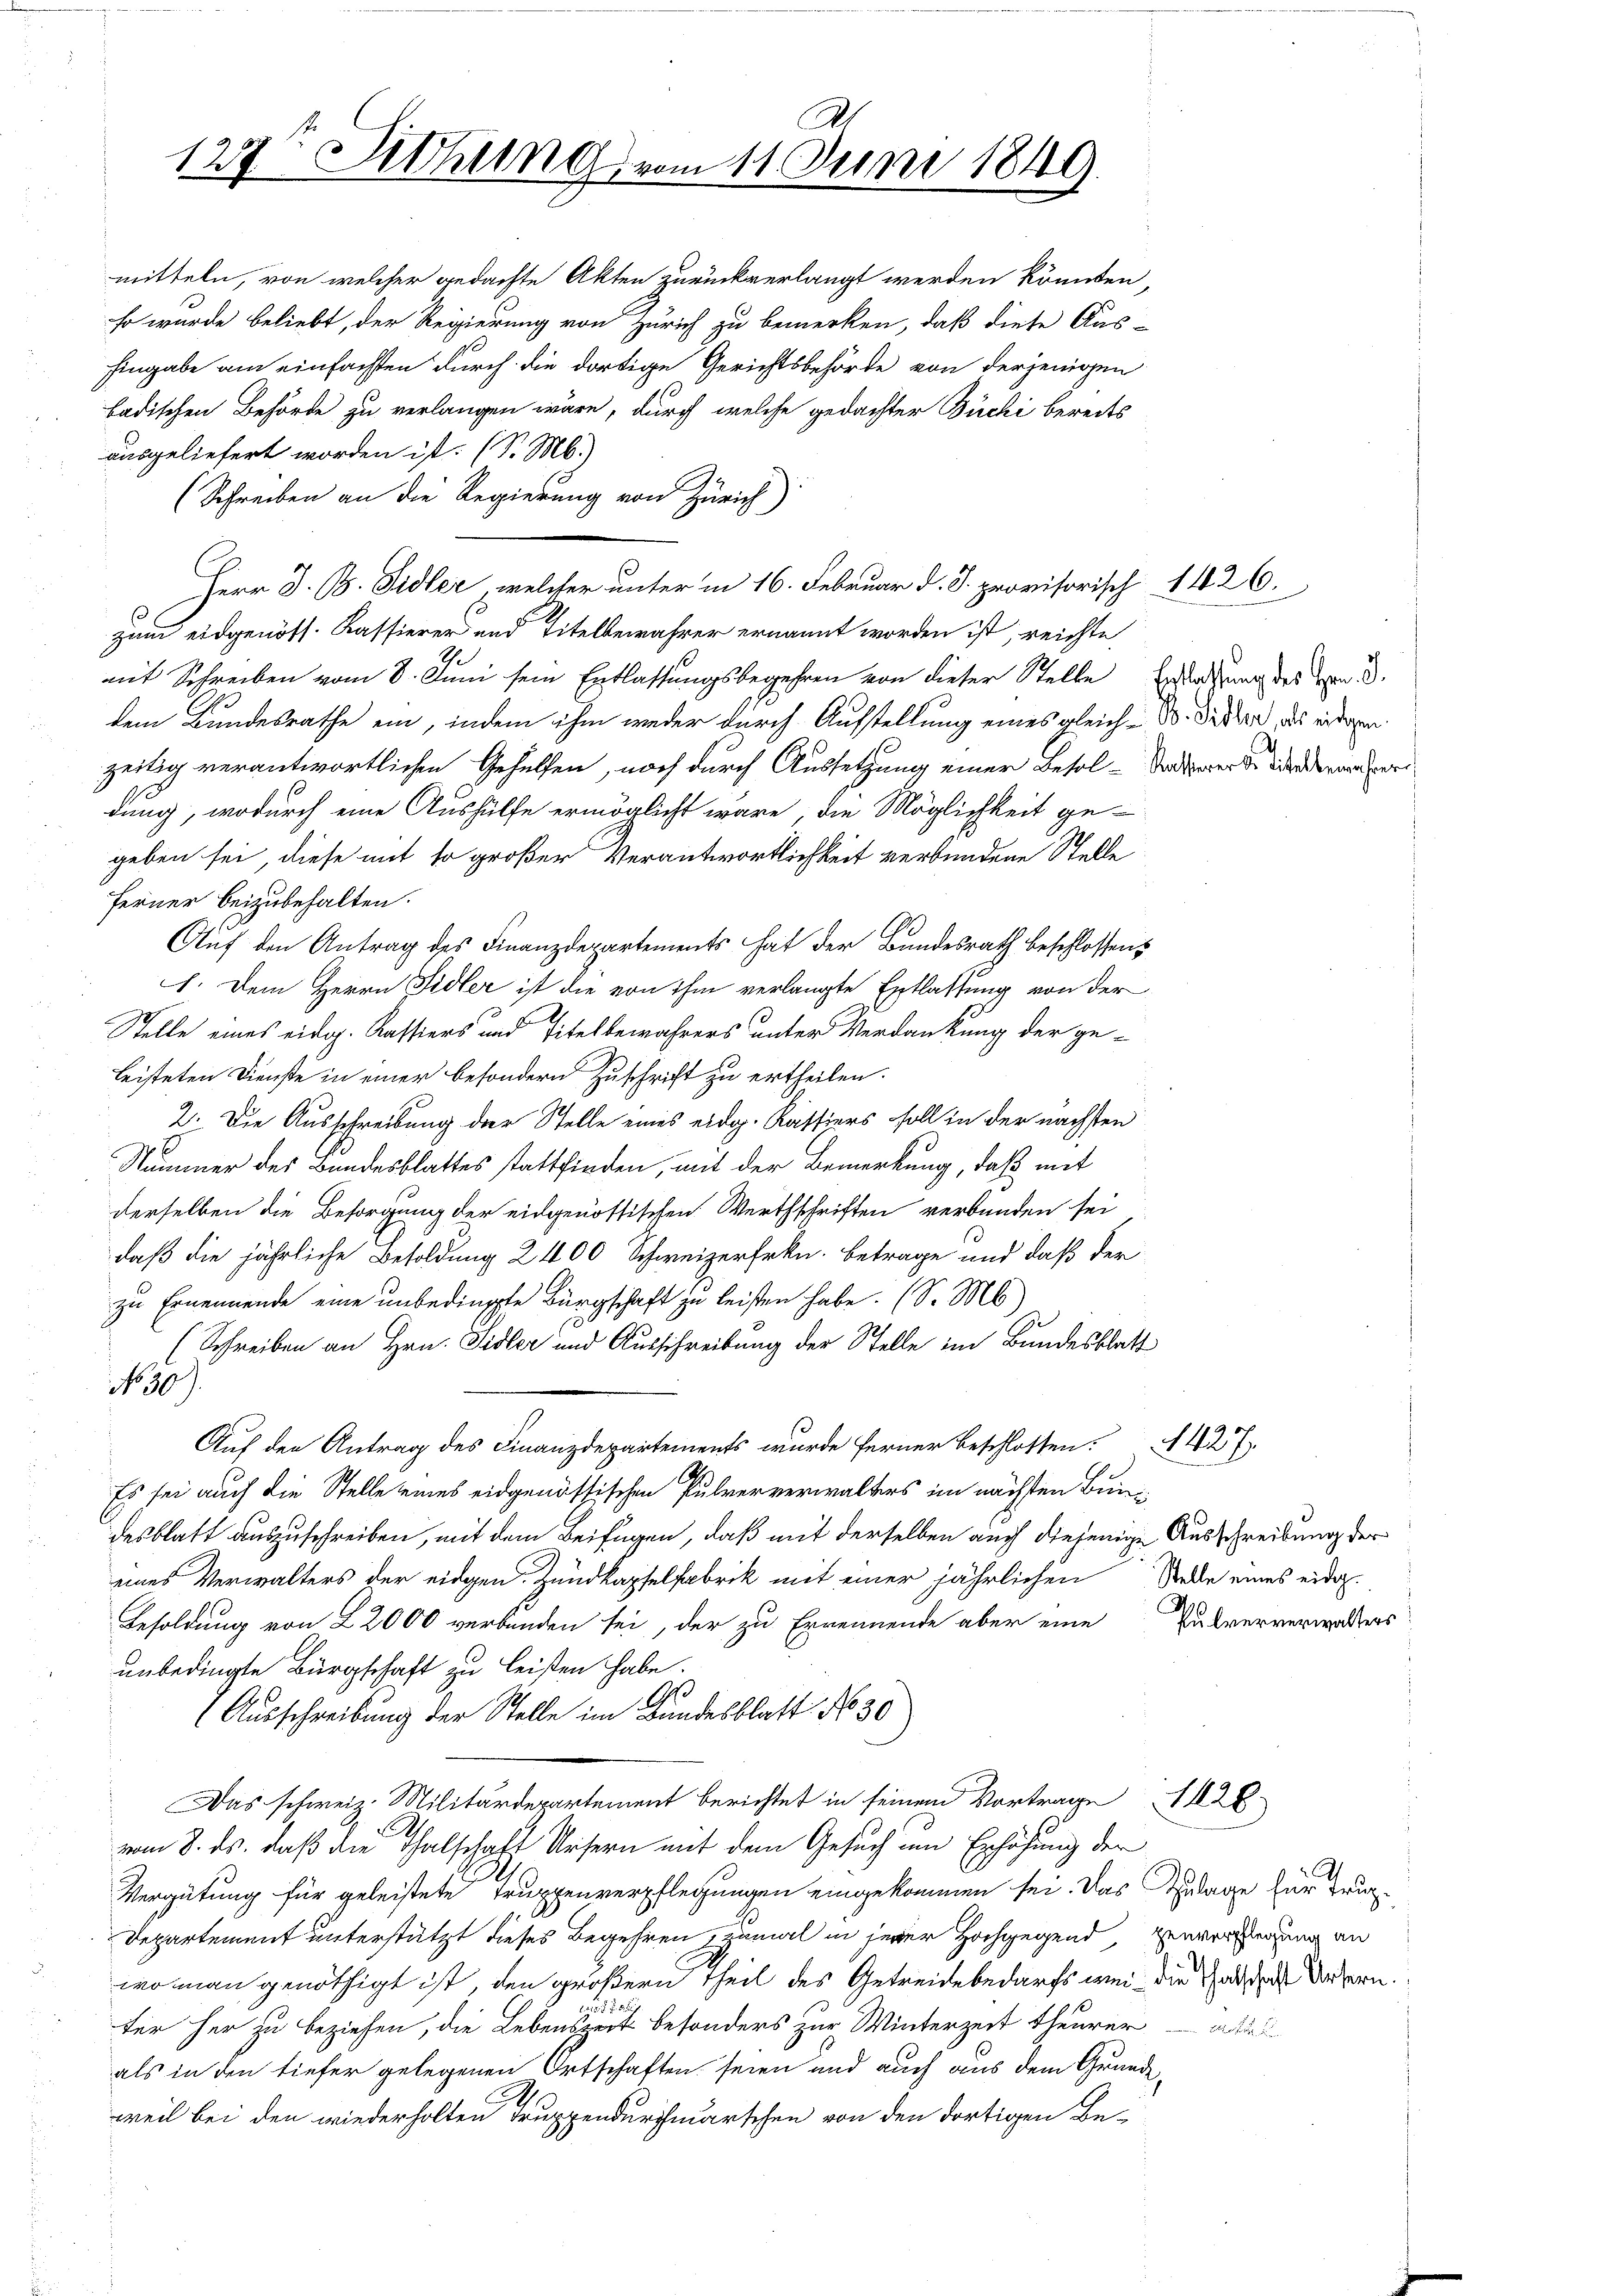
A
127. Setzung vom 11. Juni 1849.

mitteln, von welcher gedachte Akten zurückverlangt werden könnten,
so wurde beliebt, der Regierung von Zürich zu bemerken, daß diese Aus-
Eingabe am einfachsten durch die dortige Gerichtsbehörde von derjenigen
badischen Behörde zu verlangen wäre, durch welche gedachter Büchi bereits
ausgeliefert worden ist. (S. M.)
(Schreiben an die Regierung von Zürich)
Herr D. B. Sidler, welcher unter in 16. Februar d. J. provisorisch 1426.
.
zum eidgenöss. Kassierer und Titelbewahrer ernannt worden ist, reichte,
mit Schreiben vom 8. Juni sein Entlassungsbegehren von dieser Stelle Erledigung des von 3.
dem Bundesrathe ein, indem ihm weder durch Aufstellung eines gleich - 30. Jeder das eidgen.
zeitig verantwortlichen Gehülfen, noch durch Aussetzung einer Besoldatswerte Wiederanspor
dung, wodurch eine Aushülfe ermöglicht wäre, die Möglichkeit ge-
geben sei, diese mit so großer Verantwortlichkeit verbundene Stelle
Ferner beizubehalten.
Auf den Antrag des Finanzdepartements hat der Bundesrath beschlossen:
I. Dem Herrn Fidler ist die von ihm verlangte Entlassung von der
Stelle eines eidg. Kassiers und Titel bewahrers unter Verdankung der ge-
leisteten Dienste in einer besondern Zuschrift zu ertheilen.
2. Die Ausschreibung der Stelle eines eidg. Kattiers soll in der nächsten
Nummer des Bundesblattes stattfinden, mit der Bemerkung, daß mit
derselben die Besorgung der eidgenössischen Werthschriften verbunden sei
daß die jährliche Besoldung 2400 Schweizerfrkn. Betrage und daß der
zu Ernennende eine unbedingte Bürgschaft zu leisten habe. (S. M.)
(Schreiben an Hrn. Sidler und Ausschreibung der Stelle im Bundesblatt
No 907.
Auf den Antrag des Finanzdepartements wurde ferner Beschlossen.427
Es sei auch die Stelle eines eidgenössischen Pulververwalters im nächsten Bundesblatt auszuschreiben, mit dem Beifügen, daß mit derselben auch diejenige Ausschreibung der
eines Verwalters der eidgen. Zundkapfelfabrik mit einer jährlichen Rede eines eidg.
Besoldung von 22000 verbunden sei, der zu Ernennende aber eine Pulververworders
unbedingte Bürgschaft zu leisten habe.
I.
Ausschreibung der Stelle im Bundesblatt No 30
Das schweiz. Militärdepartement berichtet in seinem Vortrage 128
vom 8. ds. daß die Thalschaft Ursern mit dem Gesuch im Erhöhung der
Vergütung für geleistete Truppenverpflegungen eingekommen sei. Das Zulage für Trup¬
Departement unterstützt dieses Begehren zumal in jener Hochgegend Einverzigung an
wo man genöthigt ist, den größern Theil des Getreide bedarfs wei- die als Untern.
2
ter her zu beziehen, die Lebenszeit besonders zur Winterzeit theurer
als in den tiefer gelegenen Ortschaften seien und auch aus dem Grundeweil bei den wiederholten Truppendurchmarschen von den dortigen Be¬

B